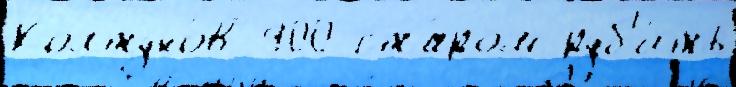
Колтуно́в 900 ста́ром руб'и́ть